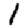
Digit: 1